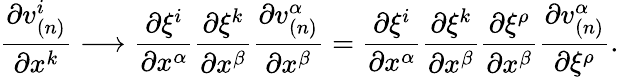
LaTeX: \frac{\partial v_{(n)}^{i}}{\partial x^{k}}\longrightarrow\frac{\partial\xi^{i}}{\partial x^{\alpha}}\frac{\partial\xi^{k}}{\partial x^{\beta}}\frac{\partial v_{(n)}^{\alpha}}{\partial x^{\beta}}=\frac{\partial\xi^{i}}{\partial x^{\alpha}}\frac{\partial\xi^{k}}{\partial x^{\beta}}\frac{\partial\xi^{\rho}}{\partial x^{\beta}}\frac{\partial v_{(n)}^{\alpha}}{\partial\xi^{\rho}}.